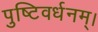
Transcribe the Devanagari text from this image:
पुष्टिवर्धनम्।